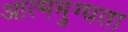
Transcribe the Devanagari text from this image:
आत्ममुग्धता